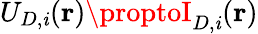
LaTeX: U_{D,\mathit{i}}(\mathbf{{r}})\proptoI_{D,\mathit{i}}(\mathbf{{r}})